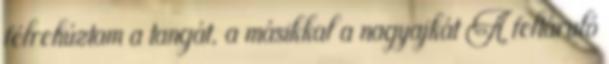
félrehúztam a tangát, a másikkal a nagyajkát A feltáruló